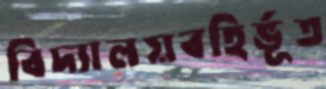
বিদ্যালয়বহির্ভূত